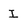
Character: I